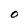
Character: O